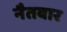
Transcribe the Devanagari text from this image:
नैतवार